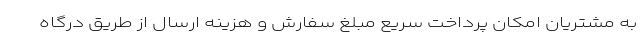
به مشتریان امکان پرداخت سریع مبلغ سفارش و هزینه ارسال از طریق درگاه